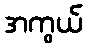
အကွယ်